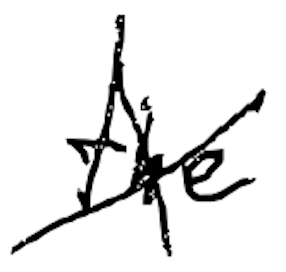
Text: the
Cross-out: cross
Writing tool: digital_black